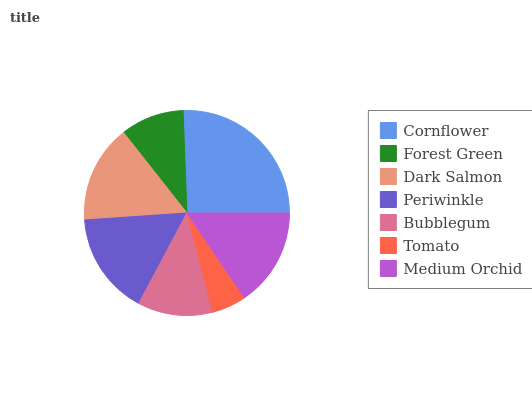
| Cornflower | Forest Green | Dark Salmon | Periwinkle | Bubblegum | Tomato | Medium Orchid |
 | --- | --- | --- | --- | --- | --- | --- |
 | 25.6% | 10% | 15.5% | 16.1% | 11.9% | 5.41% | 15.5% |